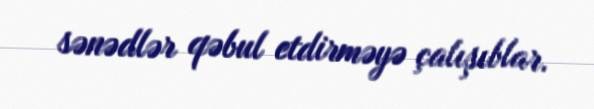
sənədlər qəbul etdirməyə çalışıblar.